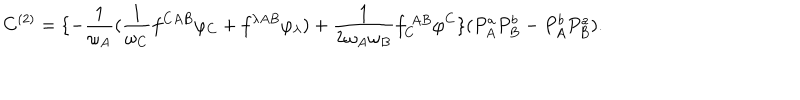
C ^ { ( 2 ) } = \{ - \frac { 1 } { \omega _ { A } } ( \frac { 1 } { \omega _ { C } } f ^ { C A B } \varphi _ { C } + f ^ { \lambda A B } \varphi _ { \lambda } ) + \frac { 1 } { 2 \omega _ { A } \omega _ { B } } f _ { C } ^ { \; A B } \varphi ^ { C } \} ( P _ { A } ^ { a } P _ { B } ^ { b } - P _ { A } ^ { b } P _ { B } ^ { a } ) .